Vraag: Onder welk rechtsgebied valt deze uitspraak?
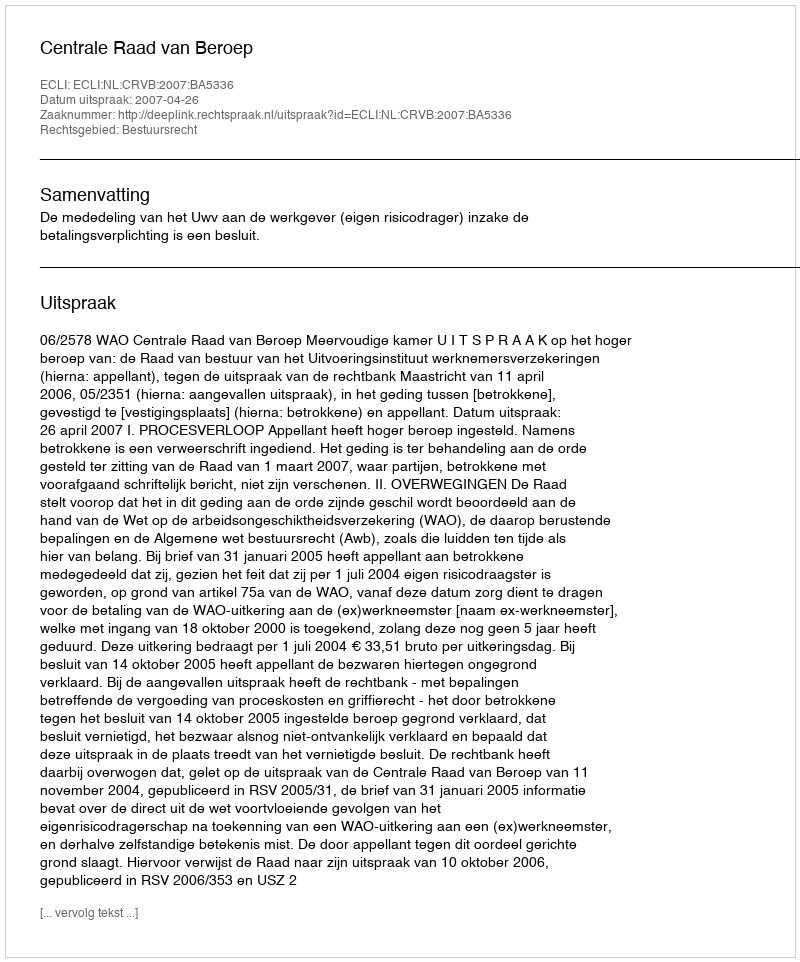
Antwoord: Bestuursrecht